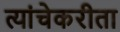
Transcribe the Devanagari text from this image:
त्यांचेकरीता